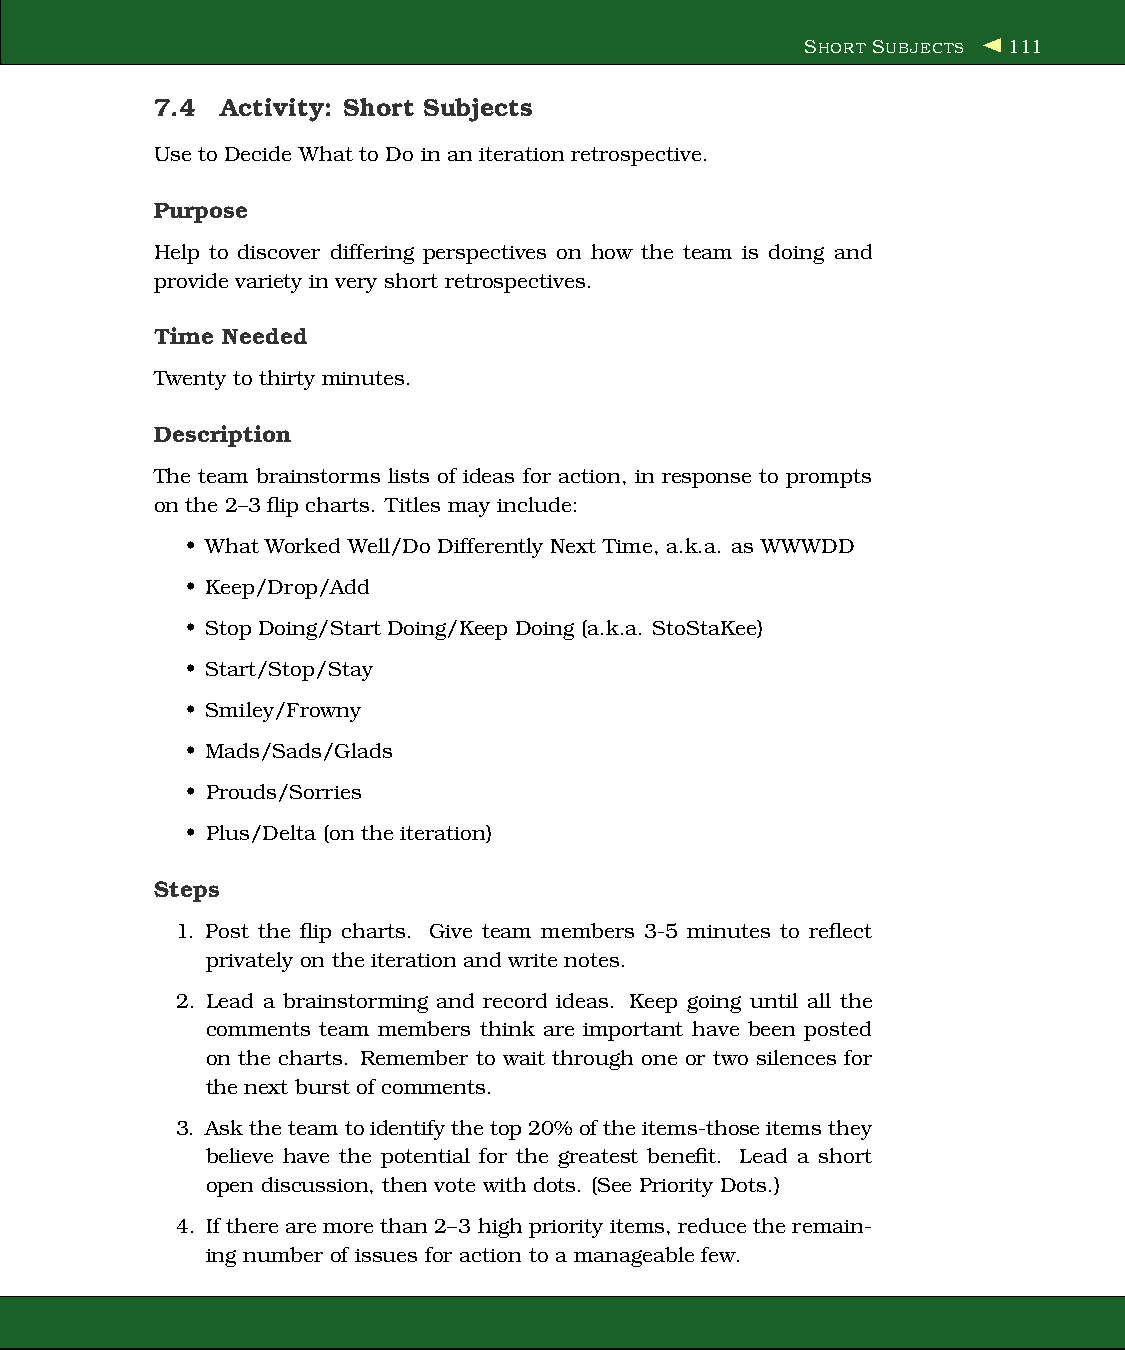
SHORT SUBJECTS 111
 7.4  Activity: Short Subjects
 Use to Decide What to Do in an iteration retrospective.
 Purpose
 Help to discover differing perspectives on how the team is doing and
 provide variety in very short retrospectives.
 Time Needed
 Twenty to thirty minutes.
 Description
 The team brainstorms lists of ideas for action, in response to prompts
 on the 2–3 flip charts. Titles may include:
 • What Worked Well/Do Differently Next Time, a.k.a. as WWWDD
 • Keep/Drop/Add
 • Stop Doing/Start Doing/Keep Doing (a.k.a. StoStaKee)
 • Start/Stop/Stay
 • Smiley/Frowny
 • Mads/Sads/Glads
 • Prouds/Sorries
 • Plus/Delta (on the iteration)
 Steps
 1. Post the flip charts. Give team members 3-5 minutes to reflect
 privately on the iteration and writenotes.
 2. Lead a brainstorming and record ideas. Keep going until all the
 comments team members think are important have been posted
 on the charts. Remember to wait through one or two silences for
 the next burst of comments.
 3. Ask theteamtoidentifythetop20% oftheitems-thoseitemsthey
 believe have the potential for the greatest benefit. Lead a short
 open discussion, then vote with dots. (See Priority Dots.)
 4. If therearemore than 2–3 high priority items, reduce the remain-
 ing number of issues for action to a manageable few.